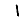
Digit: 1